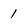
Character: 1